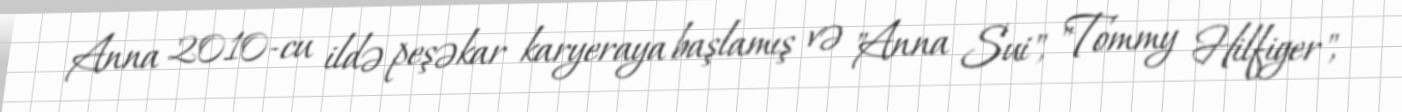
Anna 2010-cu ildə peşəkar karyeraya başlamış və "Anna Sui", "Tommy Hilfiger",